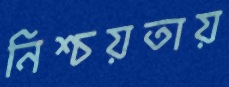
নিশ্চয়তায়